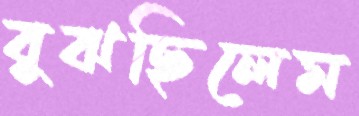
বুঝছিলেম